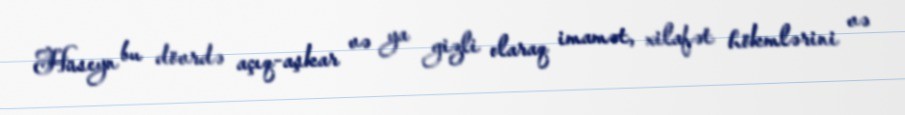
Hüseyn bu dövrdə açıq-aşkar və ya gizli olaraq imamət, xilafət hökmlərini və